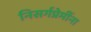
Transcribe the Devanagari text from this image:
निसर्गप्रेमींना